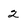
Character: 2